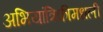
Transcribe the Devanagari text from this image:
अभियांत्रिकीमधली